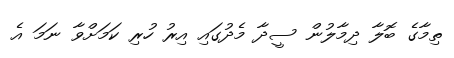
ތިމާގެ ބޮލާ ދިމާލުން ސީދާ މެދުގައި އިރު ހުރި ކަމަށްވާ ނަމަ އެ